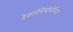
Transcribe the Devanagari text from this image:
हेराक्लियोपोलिटन